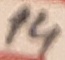
Text: 14